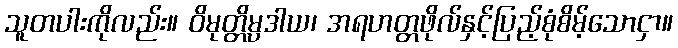
သူတပါးကိုလည်း။ ဝိမုတ္တိမ္ပဒါယ၊ အရဟတ္တဖိုလ်နှင့်ပြည့်စုံစိမ့်သောငှာ။